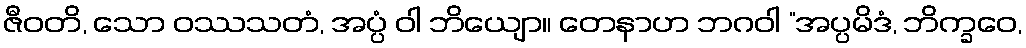
ဇီဝတိ, သော ဝဿသတံ, အပ္ပံ ဝါ ဘိယျော။ တေနာဟ ဘဂဝါ “အပ္ပမိဒံ, ဘိက္ခဝေ,